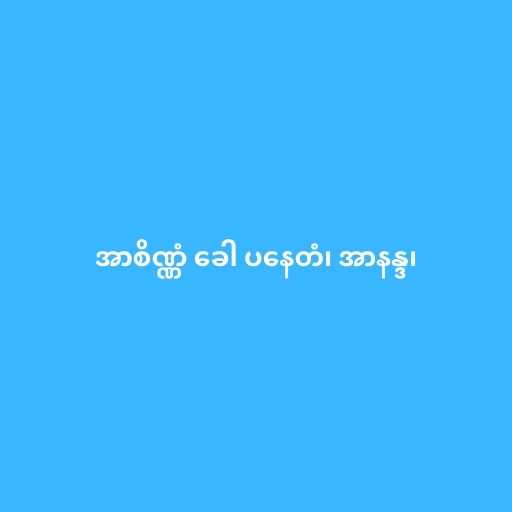
အာစိဏ္ဏံ ခေါ ပနေတံ၊ အာနန္ဒ၊